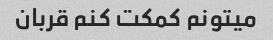
میتونم کمکت کنم قربان